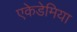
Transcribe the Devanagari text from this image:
एकेडेमिया